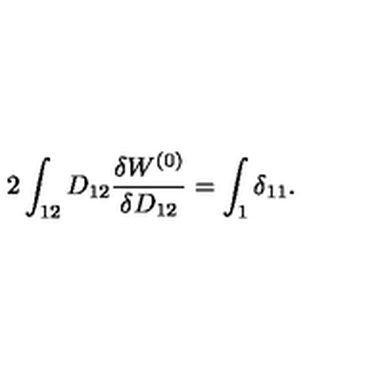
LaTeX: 2 \int _ { 1 2 } D _ { 1 2 } \frac { \delta W ^ { ( 0 ) } } { \delta D _ { 1 2 } } = \int _ { 1 } \delta _ { 1 1 } .